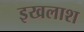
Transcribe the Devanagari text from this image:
इखलाश